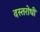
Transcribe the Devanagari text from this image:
दस्तरोधी